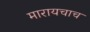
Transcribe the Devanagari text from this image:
मारायचाच